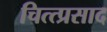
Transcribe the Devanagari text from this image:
चित्त्प्रसाद